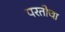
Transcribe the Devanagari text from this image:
परतीचा